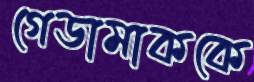
গেডামাককে